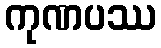
ကုဏပဿ